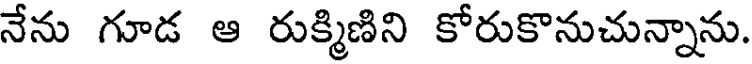
నేను గూడ ఆ రుక్మిణిని కోరుకొనుచున్నాను.